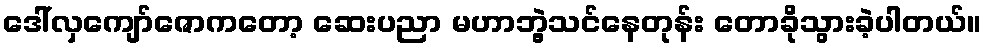
ဒေါ်လှကျော်ဇောကတော့ ဆေးပညာ မဟာဘွဲ့သင်နေတုန်း တောခိုသွားခဲ့ပါတယ်။